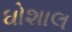
ઘોશાલ